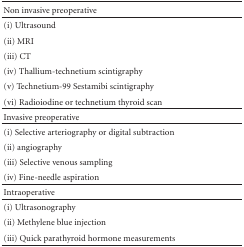
<table><thead><tr><td><b>Non invasive preoperative</b></td><td><b> </b></td></tr></thead><tbody><tr><td>(i) Ultrasound</td><td> </td></tr><tr><td>(ii) MRI</td><td> </td></tr><tr><td>(iii) CT</td><td> </td></tr><tr><td>(iv) Thallium-technetium scintigraphy</td><td> </td></tr><tr><td>(v) Technetium-99 Sestamibi scintigraphy</td><td> </td></tr><tr><td>(vi) Radioiodine or technetium thyroid scan</td><td></td></tr><tr><td>Invasive preoperative</td><td></td></tr><tr><td>(i) Selective arteriography or digital subtraction</td><td> </td></tr><tr><td>(ii) angiography</td><td> </td></tr><tr><td>(iii) Selective venous sampling</td><td> </td></tr><tr><td>(iv) Fine-needle aspiration</td><td></td></tr><tr><td>Intraoperative</td><td></td></tr><tr><td>(i) Ultrasonography</td><td> </td></tr><tr><td>(ii) Methylene blue injection</td><td> </td></tr><tr><td>(iii) Quick parathyroid hormone measurements</td><td> </td></tr></tbody></table>